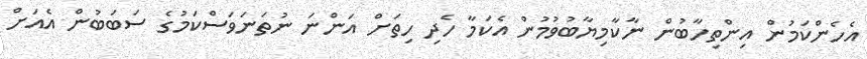
އެހެންކަމުން އިންތިހާބުން ނާކާމިޔާބުވުމުން އެކަމާ ހެދި ހިތަށް އަންނަ ނުތަނަވަސްކަމުގެ ސަބަބުން އެއަށް